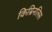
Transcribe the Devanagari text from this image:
किम्रिनलिस